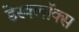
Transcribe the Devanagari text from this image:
डेस्क्लॉक्स